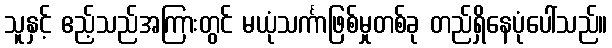
သူနှင့် ဧည့်သည်အကြားတွင် မယုံသင်္ကာဖြစ်မှုတစ်ခု တည်ရှိနေပုံပေါ်သည်။